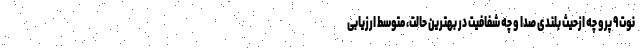
نوت ۹ پرو چه ازحیث بلندی صدا و چه شفافیت در بهترین حالت، متوسط ارزیابی